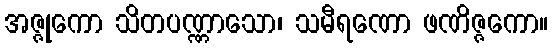
အဇ္ဇုကော သိတပဏ္ဏာသော၊ သမီရဏော ဖဏိဇ္ဇကော။